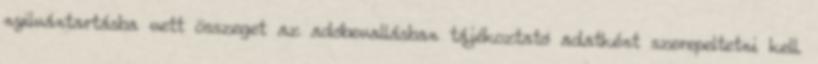
nyilvántartásba vett összeget az adóbevallásban tájékoztató adatként szerepeltetni kell.